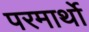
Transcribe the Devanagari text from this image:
परमार्थो